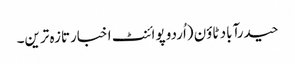
حیدرآباد ٹاؤن (اُردو پوائنٹ اخبارتازہ ترین۔